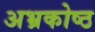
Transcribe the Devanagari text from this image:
अभ्रकोष्ठ